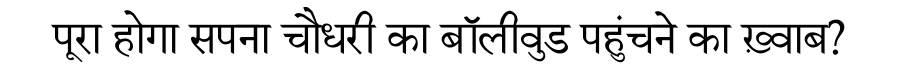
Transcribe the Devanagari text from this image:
पूरा होगा सपना चौधरी का बॉलीवुड पहुंचने का ख़्वाब?